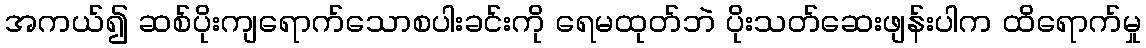
အကယ်၍ ဆစ်ပိုးကျရောက်သောစပါးခင်းကို ရေမထုတ်ဘဲ ပိုးသတ်ဆေးဖျန်းပါက ထိရောက်မှု